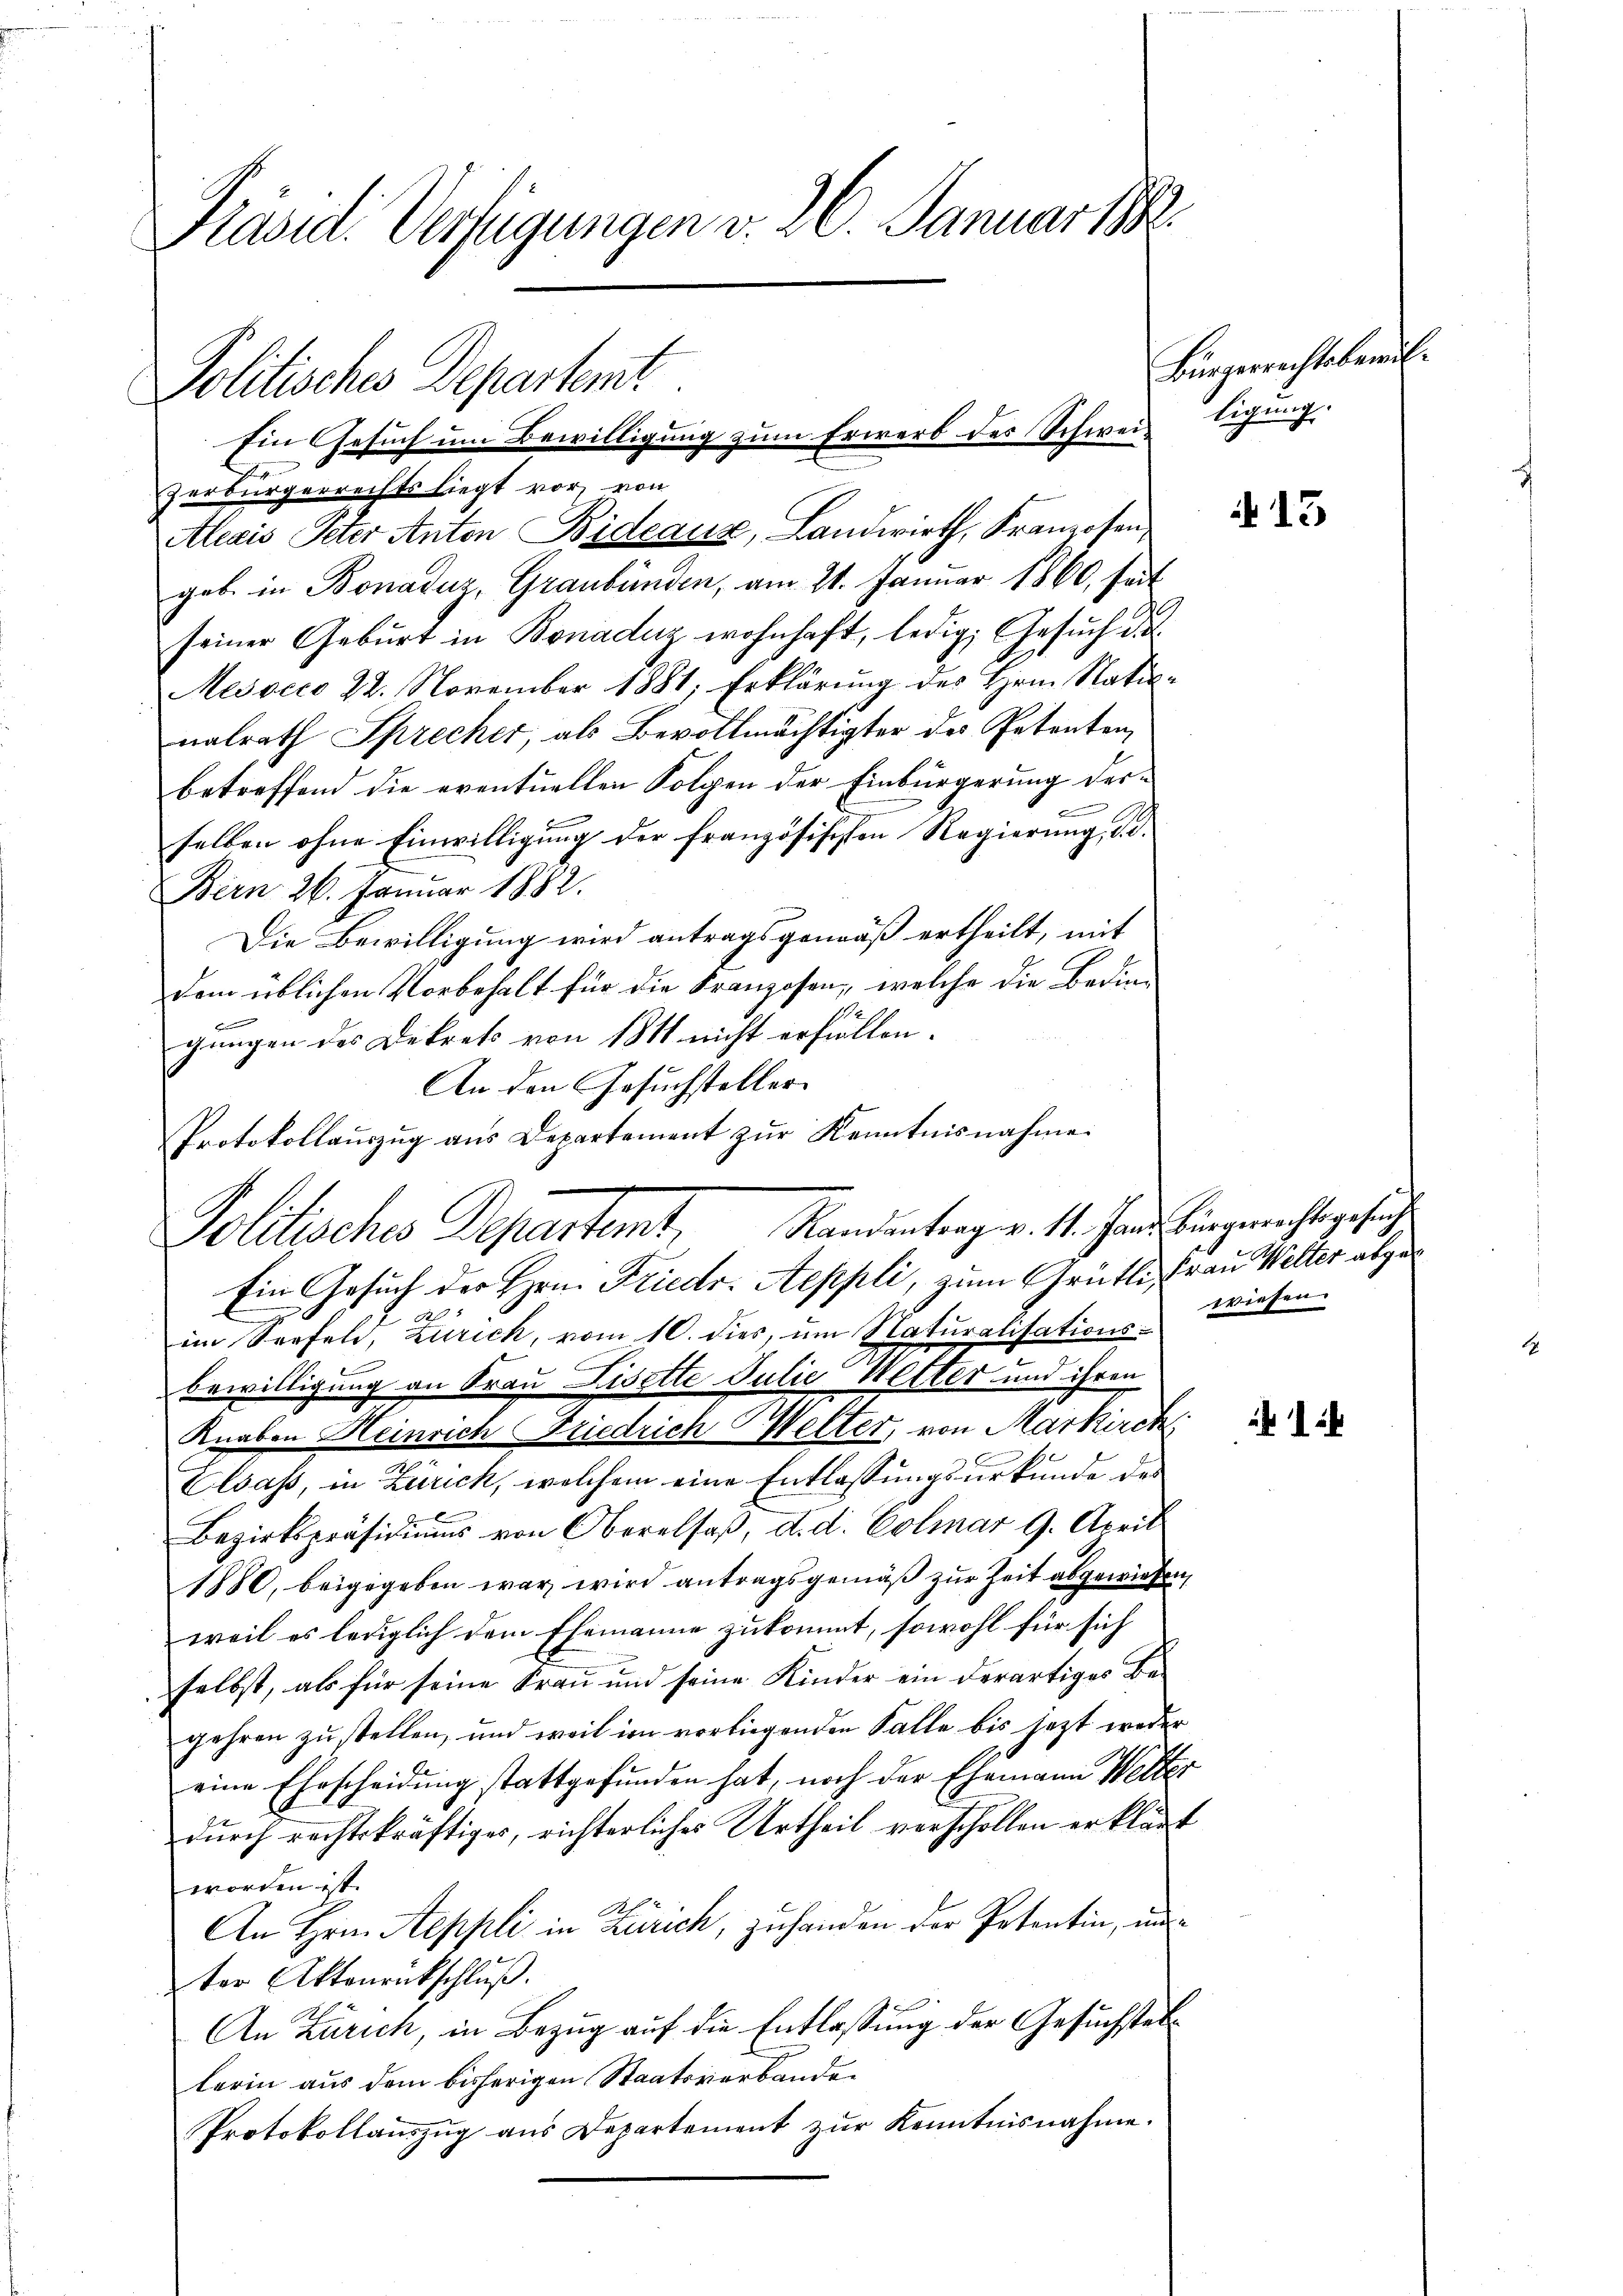
Präsid. Vertigungen v. 26. Januar

Politisches Departemt.
Ein Gesuch um Bewilligung zum Erwerb des Schwei¬
Zerbürgerrechts liegt vor, von

Alexis Peter Anton Bideaux, Landwirth, Franzosen,
geb. in Bonaduz, Graubünden, am 21. Januar 1860, seit
seiner Geburt in Bonaduz wohnhaft, ledig, Gesuch de
Mesocco 22. November 1881; Erklärung des Hrn. Nationalrath Sprecher, als Bevollmächtigter des Petenten,
betreffend die eventuellen Folgen der Einbürgerung dere
selben ohne Einwilligung der französischen Regierung, d. d.
Bern 26. Januar 1882.
Die Bewilligung wird antragsgemäß ertheilt, mit
dem üblichen Vorbehalt für die Franzosen, welche die Bedin¬
B
gungen des Dekrets von 1811 nicht erfüllen.
An den Gesuchsteller
Ein Gesuch der Hrn. Friedr. Aeppli, zum Grütli, Frau Welter abge¬
1
E
im Seefeld, Zürich, vom 10. dies, um Naturalisations-
bewilligung an Frau Liselte Julie Wetter und ihren
Knaben Heinrich Friedrich Welter, von Markirch
Elsass, in Zürich, welchem eine Entlassungsurkunde des
Bezirkspräsidiŭms von Oberalsaβ, d. d. Colmar 9. April
1880, beigegeben war wird antragsgemäß zur Zeit abgewiesen,
weil es lediglich dem Ehemanne zukommt, sowohl für sich
selbst, als für seine Frau und seine Kinder ein derartiges Be-
gehren zu stellen, und weil im vorliegenden Falle bis jezt weder
eine Ehescheidung stattgefunden hat, noch der Ehemann Wetter
durch rechtskräftiges, richterliches Urtheil verschollen erklärt
worden ist.
A
An Hrn. Aeppli in Zürich, zuhanden der Petentin, un
ter Aktenrückschluß.
An Zürich, in Bezug auf die Entlassung der Gesuchstellerin aus dem bisherigen Staatsverbande¬
Protokollauszug aus Departement zŭr Kenntnisnahme.

Protokollaŭszŭg ans Departement zŭr Kenntnisnahme.
Politisches Departemt, Randentrages. 11. Hande bingerechtsgefüge

Bürgerrechtsbewil
tigung.

13

wiesen.